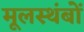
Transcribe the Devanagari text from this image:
मूलस्थंबों